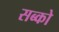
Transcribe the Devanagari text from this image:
सब्को